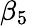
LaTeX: \beta_{5}